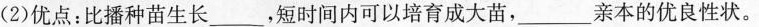
(2)优点：比播种苗生长_____，短时间内可以培育成大苗，___亲本的优良性状。